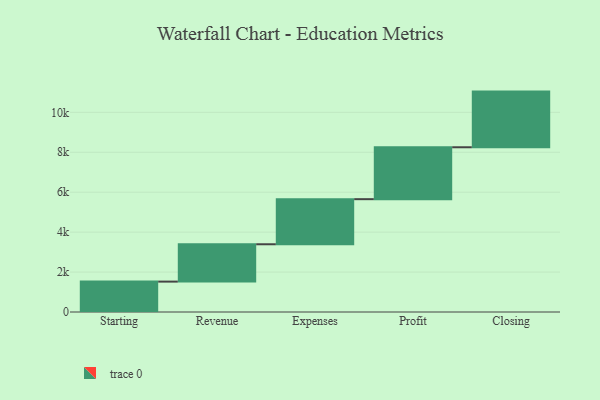
{"axis": {"x": "Step", "y": "Value"}, "legend": [""], "data": [{"x": "Starting", "y": 1522.0, "type": ""}, {"x": "Revenue", "y": 1871.0, "type": ""}, {"x": "Expenses", "y": 2258.0, "type": ""}, {"x": "Profit", "y": 2600.0, "type": ""}, {"x": "Closing", "y": 2788.0, "type": ""}]}